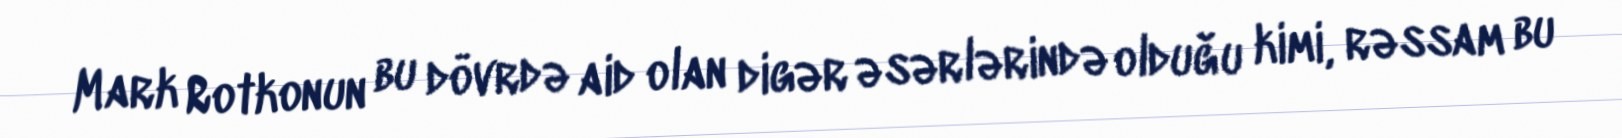
Mark Rotkonun bu dövrdə aid olan digər əsərlərində olduğu kimi, rəssam bu